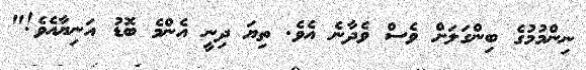
ނިންމުމުގެ ބިންގަލަށް ވެސް ވެދާނެ އެވެ. ތިޔަ ދިނީ އެންމެ ބޮޑު އަނިޔާއެވެ!"